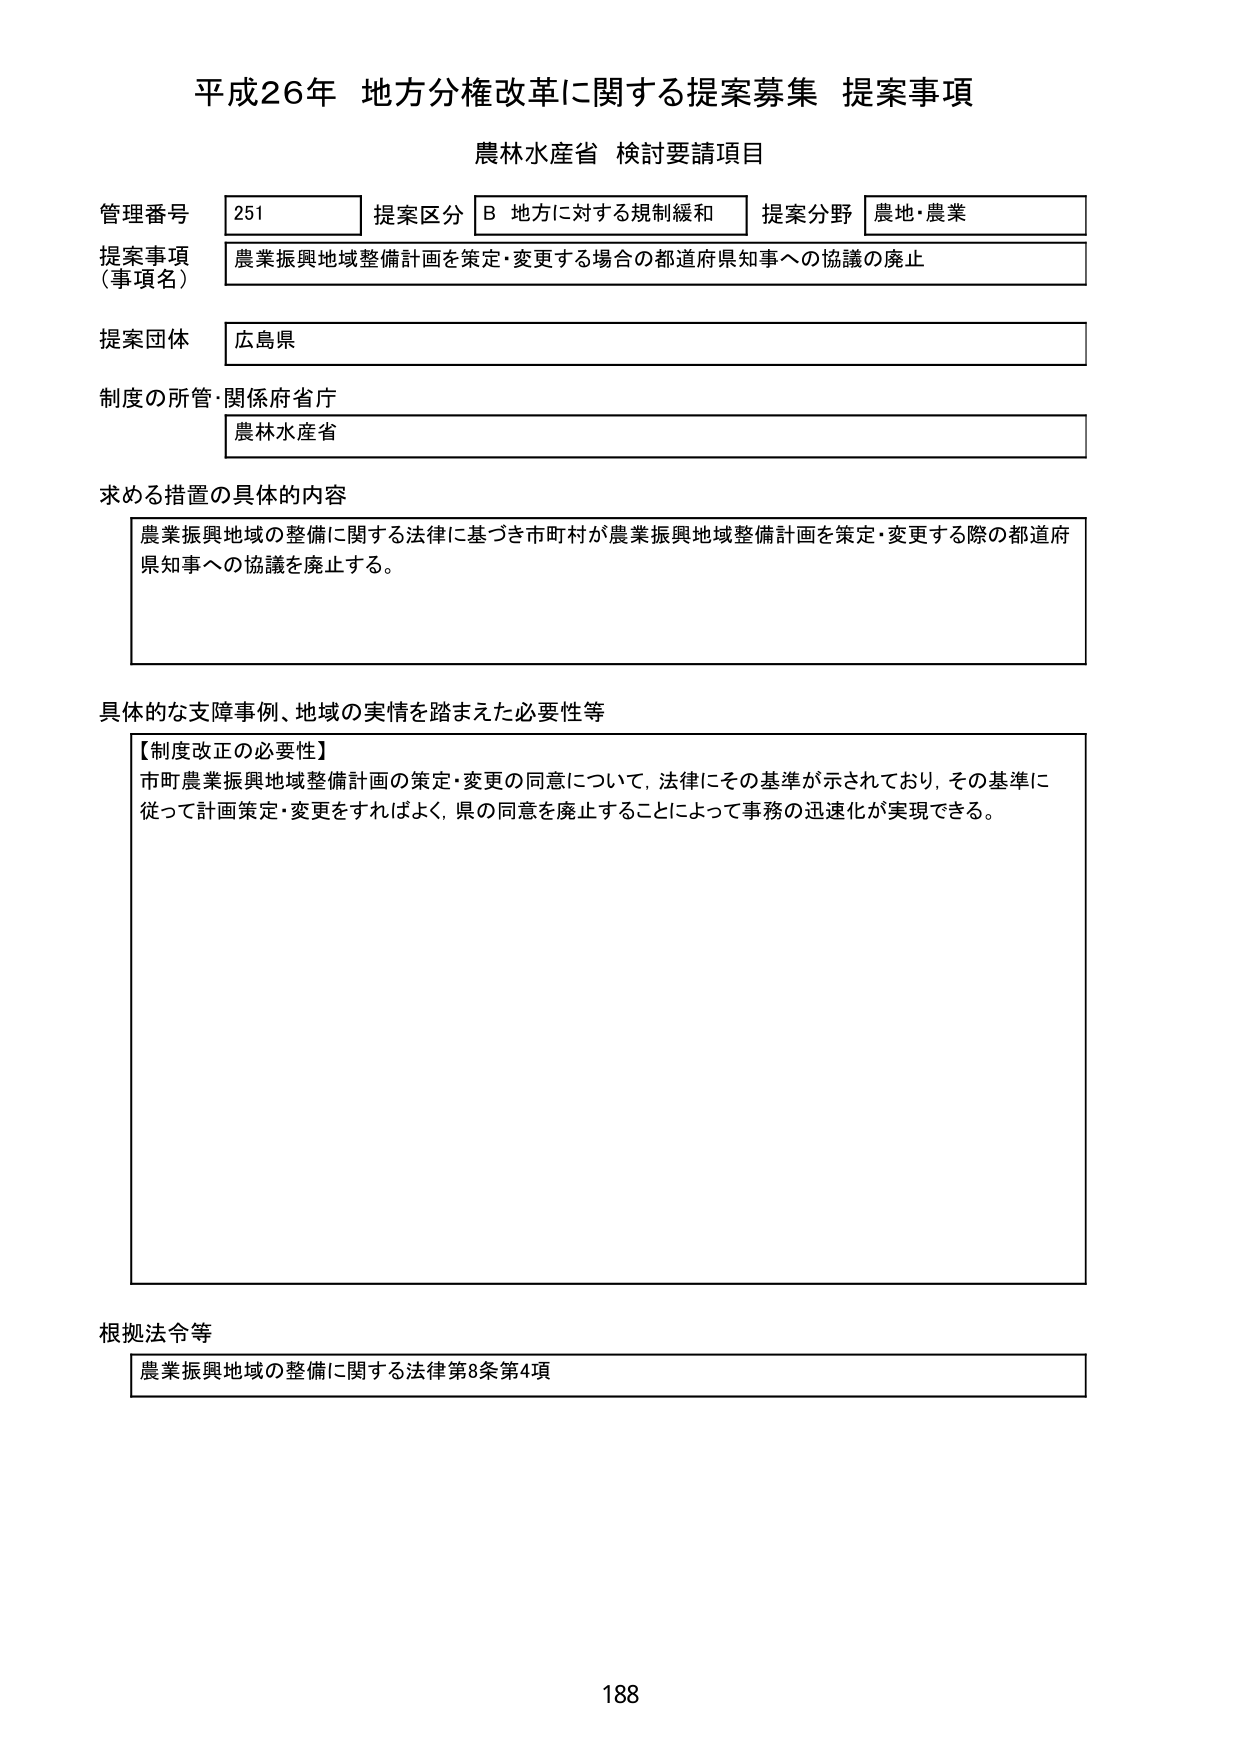
平成26年 地方分権改革に関する提案募集 提案事項
農林水産省 検討要請項目

管理番号 251 提案区分 B 地方に対する規制緩和 提案分野 農地・農業
提案事項（事項名） 農業振興地域整備計画を策定・変更する場合の都道府県知事への協議の廃止
提案団体 広島県
制度の所管・関係府省庁 農林水産省

求める措置の具体的内容
農業振興地域の整備に関する法律に基づき市町村が農業振興地域整備計画を策定・変更する際の都道府県知事への協議を廃止する。

具体的な支障事例、地域の実情を踏まえた必要性等
【制度改正の必要性】
市町農業振興地域整備計画の策定・変更の同意について、法律にその基準が示されており、その基準に従って計画策定・変更をすればよく、県の同意を廃止することによって事務の迅速化が実現できる。

根拠法令等
農業振興地域の整備に関する法律第8条第4項

188